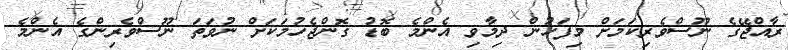
ރާއްޖޭގެ ނޫސްވެރިކަމަށް މިފަހުން ދިމާވި އެންމެ ބޮޑު ގޮންޖެހުމަކަށް ނުވަތަ ނޫސްވެރިންގެ އެންމެ